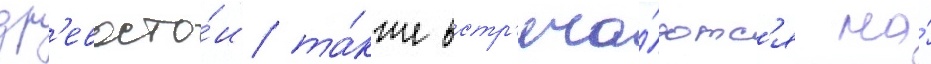
др'евосто́и та́кже встр'еча́ютс'я на́